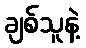
ချစ်သူနဲ့